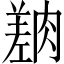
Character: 𦟎